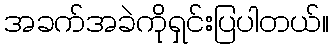
အခက်အခဲကိုရှင်းပြပါတယ်။